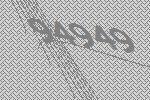
94949